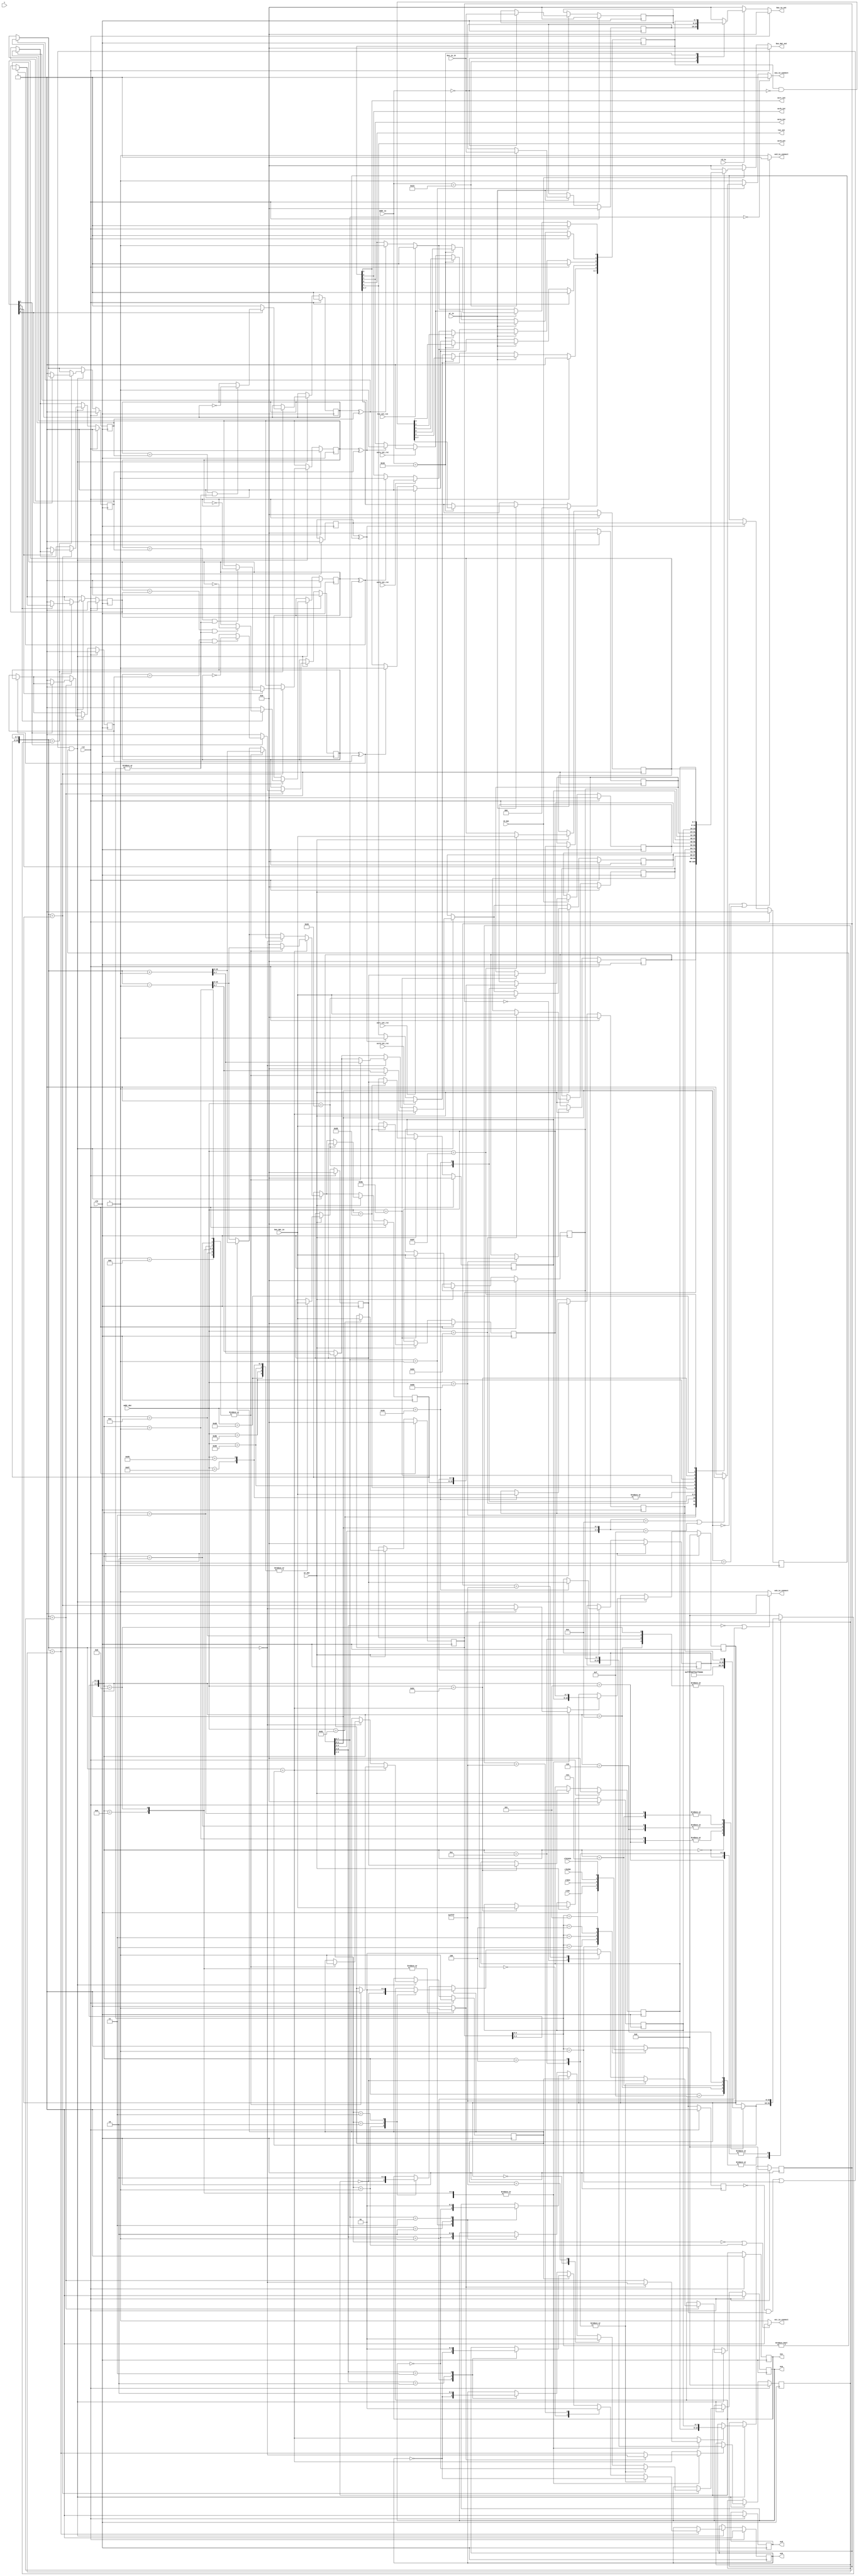
/*
 * This IP is the ATMEGA 16bit TIMER implementation.
 * 
 * Copyright (C) 2020  Iulian Gheorghiu (morgoth@devboard.tech)
 * 
 * This program is free software; you can redistribute it and/or
 * modify it under the terms of the GNU General Public License
 * as published by the Free Software Foundation; either version 2
 * of the License, or (at your option) any later version.
 * 
 * This program is distributed in the hope that it will be useful,
 * but WITHOUT ANY WARRANTY; without even the implied warranty of
 * MERCHANTABILITY or FITNESS FOR A PARTICULAR PURPOSE.  See the
 * GNU General Public License for more details.
 * 
 * You should have received a copy of the GNU General Public License
 * along with this program; if not, write to the Free Software
 * Foundation, Inc., 51 Franklin Street, Fifth Floor, Boston, MA  02110-1301, USA.
 */

`timescale 1ns / 1ps

//`define TIFR0	('h00)
`define TOV0 0
`define OCF0A 1
`define OCF0B 2
`define OCF0C 3
`define OCF0D 4

//`define GTCCR	('h00)
`define PSRSYNC 0
`define PSRASY 	1
`define TSM 	7

//`define TCCR0A	('h00)
`define WGM00 	0
`define WGM01 	1
`define COM0C0 	2
`define COM0C1 	3
`define COM0B0 	4
`define COM0B1 	5
`define COM0A0 	6
`define COM0A1 	7

`undef COM0D0
`undef COM0D1
`define COM0D0 	0
`define COM0D1 	1

//`define TCCR0B	('h00)
`define CS00 	0
`define CS01 	1
`define CS02 	2
`define WGM02 	3
`define WGM03 	4
`define FOC0B 	6
`define FOC0A 	7

//`define TCNT0	('h00)
//`define OCR0A	('h00)
//`define OCR0B	('h00)
//`define OCR0C	('h00)
//`define OCR0D	('h00)

//`define TIMSK0	('h00)
`undef TOIE0
`undef OCIE0A
`undef OCIE0B
`undef OCIE0C
`undef OCIE0D
`define TOIE0 	0
`define OCIE0A 	1
`define OCIE0B 	2
`define OCIE0C 	3
`define OCIE0D 	4



module atmega_tim_16bit # (
	parameter PLATFORM = "XILINX",
	parameter USE_OCRB = "TRUE",
	parameter USE_OCRC = "TRUE",
	parameter USE_OCRD = "FALSE",
	parameter BUS_ADDR_IO_LEN = 6,
	parameter BUS_ADDR_DATA_LEN = 8,
	parameter GTCCR_ADDR = 'h23,
	parameter TCCRA_ADDR = 'h80,
	parameter TCCRB_ADDR = 'h81,
	parameter TCCRC_ADDR = 'h82,
	parameter TCCRD_ADDR = 'h0,
	parameter TCNTL_ADDR = 'h84,
	parameter TCNTH_ADDR = 'h85,
	parameter ICRL_ADDR = 'h86,
	parameter ICRH_ADDR = 'h87,
	parameter OCRAL_ADDR = 'h88,
	parameter OCRAH_ADDR = 'h89,
	parameter OCRBL_ADDR = 'h8A,
	parameter OCRBH_ADDR = 'h8B,
	parameter OCRCL_ADDR = 'h8C,
	parameter OCRCH_ADDR = 'h8D,
	parameter OCRDL_ADDR = 'h0,
	parameter OCRDH_ADDR = 'h0,
	parameter TIMSK_ADDR = 'h6F,
	parameter TIFR_ADDR = 'h16
)(
	input rst,
	input clk,
	input clk8,
	input clk64,
	input clk256,
	input clk1024,
	input [BUS_ADDR_IO_LEN-1:0]addr_io,
	input wr_io,
	input rd_io,
	input [7:0]bus_io_in,
	output reg [7:0]bus_io_out,
	input [BUS_ADDR_DATA_LEN-1:0]addr_dat,
	input wr_dat,
	input rd_dat,
	input [7:0]bus_dat_in,
	output reg [7:0]bus_dat_out,
	output tov_int,
	input tov_int_rst,
	output ocra_int,
	input ocra_int_rst,
	output ocrb_int,
	input ocrb_int_rst,
	output ocrc_int,
	input ocrc_int_rst,
	output ocrd_int,
	input ocrd_int_rst,
	
	input t,
	output reg oca,
	output reg ocb,
	output reg occ,
	output reg ocd,
	output oca_io_connect,
	output ocb_io_connect,
	output occ_io_connect,
	output ocd_io_connect
	);

reg [7:0]GTCCR;
reg [7:0]TCCRA;
reg [7:0]TCCRB;
reg [7:0]TCCRC;
reg [7:0]TCCRD;
reg [7:0]TCNTL;
reg [7:0]TCNTH;
reg [7:0]OCRAL;
reg [7:0]OCRAH;
reg [7:0]OCRBL;
reg [7:0]OCRBH;
reg [7:0]OCRCL;
reg [7:0]OCRCH;
reg [7:0]OCRDL;
reg [7:0]OCRDH;
reg [7:0]ICRL;
reg [7:0]ICRH;
reg [15:0]OCRA_int;
reg [15:0]OCRB_int;
reg [15:0]OCRC_int;
reg [15:0]OCRD_int;
reg [7:0]TIMSK;
reg [7:0]TIFR;

reg [7:0]TMP_REG_rd;
reg [7:0]TMP_REG_wr;

reg tov_p;
reg tov_n;
reg ocra_p;
reg ocra_n;
reg ocrb_p;
reg ocrb_n;
reg ocrc_p;
reg ocrc_n;
reg ocrd_p;
reg ocrd_n;

//reg l1;
//reg l2;
wire t0_fall = 0;
wire t0_rising = 0;
reg clk_int;
reg clk_int_del;

reg up_count;

wire clk_active = |TCCRB[`CS02:`CS00];

/* Sampling implementation */
// Accourding to timer sampling module.
/*always @ *
begin
	if(rst)
	begin
		l1 = 1'b0;
	end
	else
	if(clk)
	begin
		l1 = t;
	end
end

always @ (posedge clk)
begin
	if(rst)
	begin
		l2 = 1'b0;
	end
	else
	if(clk)
	begin
		l2 = l1;
	end
end*/
/* !Sampling implementation */

/* Prescaller selection implementation */
always @ *
begin
	case(TCCRB[`CS02:`CS00])
	3'b001: clk_int = clk;
	3'b010: clk_int = clk8;
	3'b011: clk_int = clk64;
	3'b100: clk_int = clk256;
	3'b101: clk_int = clk1024;
	3'b110: clk_int = t0_fall;
	3'b111: clk_int = t0_rising;
	default: clk_int = 1'b0;
	endcase
end
reg updt_ocr_on_top;
reg updt_ocr_on_bottom;
always @ *
begin
	case({TCCRB[`WGM03:`WGM02], TCCRA[`WGM01:`WGM00]})
		4'd0, 4'd4, 4'd12: // Imediate.
		begin
			updt_ocr_on_top = 1'b0;
			updt_ocr_on_bottom = 1'b0;
		end
		4'd8, 4'd9: // On bottom.
		begin
			updt_ocr_on_top = 1'b0;
			updt_ocr_on_bottom = 1'b1;
		end
		default: // On TOP.
		begin
			updt_ocr_on_top = 1'b1;
			updt_ocr_on_bottom = 1'b0;
		end
	endcase
end

reg [15:0]top_value;
always @ *
begin
	case({TCCRB[`WGM03:`WGM02], TCCRA[`WGM01:`WGM00]})
		4'd0: top_value = 16'hFFFF;
		4'd1, 4'd5: top_value = 16'h00FF;
		4'd2, 4'd6: top_value = 16'h01FF;
		4'd3, 4'd7: top_value = 16'h03FF;
		4'd8, 4'd10, 4'd12, 4'd14: top_value = {ICRH, ICRL};
		default: top_value = OCRA_int;
	endcase
end

reg [15:0]t_ovf_value;
always @ *
begin
	case({TCCRB[`WGM03:`WGM02], TCCRA[`WGM01:`WGM00]})
		4'd5, 4'd6, 4'd7, 4'd14, 4'd15: t_ovf_value = top_value;
		4'd0, 4'd4, 4'd12: t_ovf_value = 16'hFFFF;
		default: t_ovf_value = 16'h0000;
	endcase
end

// Read registers.
always @ *
begin
	if(rst)
	begin
		bus_io_out = 8'h00;
		bus_dat_out = 8'h00;
	end
	else
	begin
		bus_io_out = 8'h00;
		bus_dat_out = 8'h00;
		if(rd_io)
		begin
			case(addr_io)
				GTCCR_ADDR:
				begin
					if(GTCCR_ADDR < 'h40)
						bus_io_out = GTCCR;
				end
				TCCRA_ADDR:
				begin
					if(TCCRA_ADDR < 'h40)
						bus_io_out = TCCRA;
				end
				TCCRB_ADDR:
				begin
					if(TCCRB_ADDR < 'h40)
						bus_io_out = TCCRB;
				end
				TCCRC_ADDR:
				begin
					if(TCCRC_ADDR < 'h40)
						bus_io_out = TCCRC;
				end
				TCCRD_ADDR:
				begin
					if(TCCRD_ADDR < 'h40)
						bus_io_out = TCCRD;
				end
				TCNTL_ADDR:
				begin
					if(TCNTL_ADDR < 'h40)
						bus_io_out = TCNTL;
				end
				TCNTH_ADDR:
				begin
					if(TCNTH_ADDR < 'h40)
						bus_io_out = TMP_REG_rd;
				end
				ICRL_ADDR:
				begin
					if(ICRL_ADDR < 'h40)
						bus_io_out = ICRL;
				end
				ICRH_ADDR:
				begin
					if(ICRH_ADDR < 'h40)
						bus_io_out = TMP_REG_rd;
				end
				OCRAL_ADDR:
				begin
					if(OCRAL_ADDR < 'h40)
						bus_io_out = OCRAL;
				end
				OCRAH_ADDR:
				begin
					if(OCRAH_ADDR < 'h40)
						bus_io_out = OCRAH;
				end
				OCRBL_ADDR:
				begin
					if(OCRBL_ADDR < 'h40 && USE_OCRB == "TRUE")
						bus_io_out = OCRBL;
				end
				OCRBH_ADDR:
				begin
					if(OCRBH_ADDR < 'h40 && USE_OCRB == "TRUE")
						bus_io_out = OCRBH;
				end
				OCRCL_ADDR:
				begin
					if(OCRCL_ADDR < 'h40 && USE_OCRC == "TRUE")
						bus_io_out = OCRCL;
				end
				OCRCH_ADDR:
				begin
					if(OCRCH_ADDR < 'h40 && USE_OCRC == "TRUE")
						bus_io_out = OCRCH;
				end
				OCRDL_ADDR:
				begin
					if(OCRDL_ADDR < 'h40 && USE_OCRD == "TRUE")
						bus_io_out = OCRDL;
				end
				OCRDH_ADDR:
				begin
					if(OCRDH_ADDR < 'h40 && USE_OCRD == "TRUE")
						bus_io_out = OCRDH;
				end
				TIFR_ADDR:
				begin
					if(TIFR_ADDR < 'h40)
						bus_io_out = TIFR;
				end
				TIMSK_ADDR:
				begin
					if(TIMSK_ADDR < 'h40)
						bus_io_out = TIMSK;
				end
			endcase
		end
		if(rd_dat)
		begin
			case(addr_dat)
				GTCCR_ADDR:
				begin
					if(GTCCR_ADDR >= 'h40)
						bus_dat_out = GTCCR;
				end
				TCCRA_ADDR:
				begin
					if(TCCRA_ADDR >= 'h40)
						bus_dat_out = TCCRA;
				end
				TCCRB_ADDR:
				begin
					if(TCCRB_ADDR >= 'h40)
						bus_dat_out = TCCRB;
				end
				TCCRC_ADDR:
				begin
					if(TCCRC_ADDR >= 'h40)
						bus_dat_out = TCCRC;
				end
				TCCRD_ADDR:
				begin
					if(TCCRD_ADDR >= 'h40)
						bus_dat_out = TCCRD;
				end
				TCNTL_ADDR:
				begin
					if(TCNTL_ADDR >= 'h40)
						bus_dat_out = TCNTL;
				end
				TCNTH_ADDR:
				begin
					if(TCNTH_ADDR >= 'h40)
						bus_dat_out = TMP_REG_rd;
				end
				ICRL_ADDR:
				begin
					if(ICRL_ADDR >= 'h40)
						bus_dat_out = ICRL;
				end
				ICRH_ADDR:
				begin
					if(ICRH_ADDR >= 'h40)
						bus_dat_out = TMP_REG_rd;
				end
				OCRAL_ADDR:
				begin
					if(OCRAL_ADDR >= 'h40)
						bus_dat_out = OCRAL;
				end
				OCRAH_ADDR:
				begin
					if(OCRAH_ADDR >= 'h40)
						bus_dat_out = OCRAH;
				end
				OCRBL_ADDR:
				begin
					if(OCRBL_ADDR >= 'h40 && USE_OCRB == "TRUE")
						bus_dat_out = OCRBL;
				end
				OCRBH_ADDR:
				begin
					if(OCRBH_ADDR >= 'h40 && USE_OCRB == "TRUE")
						bus_dat_out = OCRBH;
				end
				OCRCL_ADDR:
				begin
					if(OCRCL_ADDR >= 'h40 && USE_OCRC == "TRUE")
						bus_dat_out = OCRCL;
				end
				OCRCH_ADDR:
				begin
					if(OCRCH_ADDR >= 'h40 && USE_OCRC == "TRUE")
						bus_dat_out = OCRCH;
				end
				OCRDL_ADDR:
				begin
					if(OCRDL_ADDR >= 'h40 && USE_OCRD == "TRUE")
						bus_dat_out = OCRDL;
				end
				OCRDH_ADDR:
				begin
					if(OCRDH_ADDR >= 'h40 && USE_OCRD == "TRUE")
						bus_dat_out = OCRDH;
				end
				TIFR_ADDR:
				begin
					if(TIFR_ADDR >= 'h40)
						bus_dat_out = TIFR;
				end
				TIMSK_ADDR:
				begin
					if(TIMSK_ADDR >= 'h40)
						bus_dat_out = TIMSK;
				end
			endcase
		end
	end
end

/* Set "oc" pin on specified conditions*/
always @ (posedge clk)
begin
	if(rst)
	begin
		TMP_REG_rd <= 8'h00;
		TMP_REG_wr <= 8'h00;
		GTCCR <= 8'h00;
		TCCRA <= 8'h00;
		TCCRB <= 8'h00;
		TCCRC <= 8'h00;
		TCCRD <= 8'h00;
		TCNTL <= 8'h00;
		TCNTH <= 8'h00;
		OCRAL <= 8'h00;
		OCRAH <= 8'h00;
		OCRBL <= 8'h00;
		OCRBH <= 8'h00;
		OCRCL <= 8'h00;
		OCRCH <= 8'h00;
		OCRDL <= 8'h00;
		OCRDH <= 8'h00;
		ICRL <= 8'h00;
		ICRH <= 8'h00;
		OCRA_int <= 16'h0000;
		OCRB_int <= 16'h0000;
		OCRC_int <= 16'h0000;
		OCRD_int <= 16'h0000;
		TIMSK <= 8'h00;
		TIFR <= 8'h00;
		tov_p <= 1'b0;
		tov_n <= 1'b0;
		ocra_p <= 1'b0;
		ocra_n <= 1'b0;
		ocrb_p <= 1'b0;
		ocrb_n <= 1'b0;
		ocrc_p <= 1'b0;
		ocrc_n <= 1'b0;
		ocrd_p <= 1'b0;
		ocrd_n <= 1'b0;
		oca <= 1'b0;
		ocb <= 1'b0;
		occ <= 1'b0;
		ocd <= 1'b0;
		up_count <= 1'b1;
		clk_int_del <= 1'b0;
	end
	else
	begin
		if(tov_p ^ tov_n)
		begin
			TIFR[`TOV0] <= 1'b1;
			tov_n <= tov_p;
		end	
		if(ocra_p ^ ocra_n)
		begin
			TIFR[`OCF0A] <= 1'b1;
			ocra_n <= ocra_p;
		end	
		if(ocrb_p ^ ocrb_n)
		begin
			TIFR[`OCF0B] <= 1'b1;
			ocrb_n <= ocrb_p;
		end
		if(ocrc_p ^ ocrc_n)
		begin
			TIFR[`OCF0C] <= 1'b1;
			ocrc_n <= ocrc_p;
		end
		if(ocrd_p ^ ocrd_n)
		begin
			TIFR[`OCF0D] <= 1'b1;
			ocrd_n <= ocrd_p;
		end
		if(tov_int_rst)
		begin
			TIFR[`TOV0] <= 1'b0;
		end
		if(ocra_int_rst)
		begin
			TIFR[`OCF0A] <= 1'b0;
		end
		if(ocrb_int_rst)
		begin
			TIFR[`OCF0B] <= 1'b0;
		end
		if(ocrc_int_rst)
		begin
			TIFR[`OCF0C] <= 1'b0;
		end
		if(ocrd_int_rst)
		begin
			TIFR[`OCF0D] <= 1'b0;
		end
		// Sample one IO core clock once every prescaller positive edge clock.
		clk_int_del <= clk_int; // Shift prescaller clock to a delay register every IO core positive edge clock to detect prescaller positive edges.
		if(((~clk_int_del & clk_int) || TCCRB[`CS02:`CS00] == 3'b001) && TCCRB[`CS02:`CS00] != 3'b000) // if prescaller clock = IO core clock disable prescaller positive edge detector.
		begin
			if(up_count)
			begin
				{TCNTH, TCNTL} <= {TCNTH, TCNTL} + 16'd1;
			end
			else
			begin
				{TCNTH, TCNTL} <= {TCNTH, TCNTL} - 16'd1;
			end
			// OCRA
			if(updt_ocr_on_top ? ({TCNTH, TCNTL} == top_value) : (updt_ocr_on_bottom ? ({TCNTH, TCNTL} == 10'h000) : ({TCNTH, TCNTL} == OCRA_int)))
			begin
				OCRA_int <= {OCRAH, OCRAL};
			end			
			if({TCNTH, TCNTL} == OCRA_int)
			begin
				case({TCCRB[`WGM03:`WGM02], TCCRA[`WGM01:`WGM00]})
					4'd4, 4'd12: oca <= ~oca;
					default:
					begin
						case(OCRA_int)
							16'h0000:	oca <= 1'b0;
							16'hFFFF:	oca <= 1'b1;
							default:
							begin
								if(up_count)
								begin
									case(TCCRA[`COM0A1:`COM0A0])
										2'h1: oca <= ~oca;
										2'h2: oca <= 1'b0;
										2'h3: oca <= 1'b1;
									endcase
								end
								else
								begin
									case(TCCRA[`COM0A1:`COM0A0])
										2'h1: oca <= ~oca;
										2'h2: oca <= 1'b1;
										2'h3: oca <= 1'b0;
									endcase
								end
							end
						endcase
					end
				endcase
				if(TIMSK[`OCIE0A] == 1'b1)
				begin
					if(ocra_p == ocra_n && clk_active == 1'b1)
					begin
						ocra_p <= ~ocra_p;
					end
				end
				else
				begin
					ocra_p <= 1'b0;
					ocra_n <= 1'b0;
				end
			end
			// !OCRA
			if(USE_OCRB == "TRUE")
			begin
				// OCRB
				if(updt_ocr_on_top ? ({TCNTH, TCNTL} == top_value) : (updt_ocr_on_bottom ? ({TCNTH, TCNTL} == 10'h000) : ({TCNTH, TCNTL} == OCRB_int)))
				begin
					OCRB_int <= {OCRBH, OCRBL};
				end			
				if({TCNTH, TCNTL} == OCRB_int)
				begin
					case({TCCRB[`WGM03:`WGM02], TCCRA[`WGM01:`WGM00]})
						4'd4, 4'd12: ocb <= ~ocb;
						default:
						begin
							case(OCRB_int)
								16'h0000:	ocb <= 1'b0;
								16'hFFFF:	ocb <= 1'b1;
								default:
								begin
									if(up_count)
									begin
										case(TCCRA[`COM0B1:`COM0B0])
											2'h1: ocb <= ~ocb;
											2'h2: ocb <= 1'b0;
											2'h3: ocb <= 1'b1;
										endcase
									end
									else
									begin
										case(TCCRA[`COM0B1:`COM0B0])
											2'h1: ocb <= ~ocb;
											2'h2: ocb <= 1'b1;
											2'h3: ocb <= 1'b0;
										endcase
									end
								end
							endcase
						end
					endcase
					if(TIMSK[`OCIE0B] == 1'b1)
					begin
						if(ocrb_p == ocrb_n && clk_active == 1'b1)
						begin
							ocrb_p <= ~ocrb_p;
						end
					end
					else
					begin
						ocrb_p <= 1'b0;
						ocrb_n <= 1'b0;
					end
				end
			end // USE_OCRB != "TRUE"
			if(USE_OCRC == "TRUE")
			begin
				// OCRB
				if(updt_ocr_on_top ? ({TCNTH, TCNTL} == top_value) : (updt_ocr_on_bottom ? ({TCNTH, TCNTL} == 10'h000) : ({TCNTH, TCNTL} == OCRC_int)))
				begin
					OCRC_int <= {OCRCH, OCRCL};
				end			
				if({TCNTH, TCNTL} == OCRC_int)
				begin
					case({TCCRB[`WGM03:`WGM02], TCCRA[`WGM01:`WGM00]})
						4'd4, 4'd12: occ <= ~occ;
						default:
						begin
							case(OCRC_int)
								16'h0000:	occ <= 1'b0;
								16'hFFFF:	occ <= 1'b1;
								default:
								begin
									if(up_count)
									begin
										case(TCCRA[`COM0C1:`COM0C0])
											2'h1: occ <= ~occ;
											2'h2: occ <= 1'b0;
											2'h3: occ <= 1'b1;
										endcase
									end
									else
									begin
										case(TCCRA[`COM0C1:`COM0C0])
											2'h1: occ <= ~occ;
											2'h2: occ <= 1'b1;
											2'h3: occ <= 1'b0;
										endcase
									end
								end
							endcase
						end
					endcase
					if(TIMSK[`OCIE0C] == 1'b1)
					begin
						if(ocrc_p == ocrc_n && clk_active == 1'b1)
						begin
							ocrc_p <= ~ocrc_p;
						end
					end
					else
					begin
						ocrc_p <= 1'b0;
						ocrc_n <= 1'b0;
					end
				end
			end // USE_OCRC != "TRUE"
			if(USE_OCRD == "TRUE")
			begin
				// OCRB
				if(updt_ocr_on_top ? ({TCNTH, TCNTL} == top_value) : (updt_ocr_on_bottom ? ({TCNTH, TCNTL} == 10'h000) : ({TCNTH, TCNTL} == OCRD_int)))
				begin
					OCRD_int <= {OCRDH, OCRDL};
				end			
				if({TCNTH, TCNTL} == OCRD_int)
				begin
					case({TCCRB[`WGM03:`WGM02], TCCRA[`WGM01:`WGM00]})
						4'd4, 4'd12: ocd <= ~ocd;
						default:
						begin
							case(OCRB_int)
								16'h0000:	ocd <= 1'b0;
								16'hFFFF:	ocd <= 1'b1;
								default:
								begin
									if(up_count)
									begin
										case(TCCRA[`COM0D1:`COM0D0])
											2'h1: ocd <= ~ocd;
											2'h2: ocd <= 1'b0;
											2'h3: ocd <= 1'b1;
										endcase
									end
									else
									begin
										case(TCCRA[`COM0D1:`COM0D0])
											2'h1: ocd <= ~ocd;
											2'h2: ocd <= 1'b1;
											2'h3: ocd <= 1'b0;
										endcase
									end
								end
							endcase
						end
					endcase
					if(TIMSK[`OCIE0D] == 1'b1)
					begin
						if(ocrd_p == ocrd_n && clk_active == 1'b1)
						begin
							ocrd_p <= ~ocrd_p;
						end
					end
					else
					begin
						ocrd_p <= 1'b0;
						ocrd_n <= 1'b0;
					end
				end
			end // USE_OCRD != "TRUE"
			// TCNT overflow logick.
			if({TCNTH, TCNTL} == t_ovf_value)
			begin
				if(TIMSK[`TOIE0] == 1'b1)
				begin
					if(tov_p == tov_n && clk_active == 1'b1)
					begin
						tov_p <= ~tov_p;
					end
				end
				else
				begin
					tov_p <= 1'b0;
					tov_n <= 1'b0;
				end
			end
			if({TCNTH, TCNTL} == top_value)
			begin
				case({TCCRB[`WGM03:`WGM02], TCCRA[`WGM01:`WGM00]})
					4'd1, 4'd2, 4'd3, 4'd8, 4'd9, 4'd10, 4'd11:
					begin
						up_count <= 1'b0;
						{TCNTH, TCNTL} <= {TCNTH, TCNTL} - 16'd1;
					end 
					default: {TCNTH, TCNTL} <= 16'h0000;
				endcase
			end
			else if({TCNTH, TCNTL} == 16'h0000)
			begin
				case({TCCRB[`WGM03:`WGM02], TCCRA[`WGM01:`WGM00]})
					4'd1, 4'd2, 4'd3, 4'd8, 4'd9, 4'd10, 4'd11: 
					begin
						up_count <= 1'b1;
						{TCNTH, TCNTL} <= {TCNTH, TCNTL} + 16'd1;
					end 
				endcase
			end
		end
		// Write registers
		if(wr_io)
		begin
			case(addr_io)
				GTCCR_ADDR:
				begin
					if(GTCCR_ADDR < 'h40)
						GTCCR <= bus_io_in;
				end
				TCCRA_ADDR:
				begin
					if(TCCRA_ADDR < 'h40)
						TCCRA <= bus_io_in;
				end
				TCCRB_ADDR:
				begin
					if(TCCRB_ADDR < 'h40)
						TCCRB <= bus_io_in;
				end
				TCCRC_ADDR:
				begin
					if(TCCRC_ADDR < 'h40)
						TCCRC <= bus_io_in;
				end
				TCCRD_ADDR:
				begin
					if(TCCRD_ADDR < 'h40)
						TCCRD <= bus_io_in;
				end
				TCNTL_ADDR:
				begin
					if(TCNTL_ADDR < 'h40)
					begin
						TCNTL <= bus_io_in;
						TCNTH <= TMP_REG_wr;
					end
				end
				ICRL_ADDR:
				begin
					if(ICRL_ADDR < 'h40)
					begin
						ICRL <= bus_io_in;
						ICRH <= TMP_REG_wr;
					end
				end
				OCRAL_ADDR:
				begin
					if(OCRAL_ADDR < 'h40)
						OCRAL <= bus_io_in;
						OCRAH <= TMP_REG_wr;
				end
				OCRBL_ADDR:
				begin
					if(OCRBL_ADDR < 'h40 && USE_OCRB == "TRUE")
					begin
						OCRBL <= bus_io_in;
						OCRBH <= TMP_REG_wr;
					end
				end
				OCRCL_ADDR:
				begin
					if(OCRCL_ADDR < 'h40 && USE_OCRC == "TRUE")
					begin
						OCRCL <= bus_io_in;
						OCRCH <= TMP_REG_wr;
					end
				end
				OCRDL_ADDR:
				begin
					if(OCRDL_ADDR < 'h40 && USE_OCRD == "TRUE")
					begin
						OCRDL <= bus_io_in;
						OCRDH <= TMP_REG_wr;
					end
				end
				TIFR_ADDR:
				begin
					if(TIFR_ADDR < 'h40)
						TIFR <= TIFR & ~bus_io_in;
				end
				TIMSK_ADDR:
				begin
					if(TIMSK_ADDR < 'h40)
						TIMSK <= bus_io_in;
				end
				TCNTH_ADDR, ICRH_ADDR, OCRAH_ADDR, OCRBH_ADDR, OCRCH_ADDR, OCRDH_ADDR:
				begin
					TMP_REG_wr <= bus_io_in;
				end
			endcase
		end
		if(wr_dat)
		begin
			case(addr_dat)
				GTCCR_ADDR:
				begin
					if(GTCCR_ADDR >= 'h40)
						GTCCR <= bus_dat_in;
				end
				TCCRA_ADDR:
				begin
					if(TCCRA_ADDR >= 'h40)
						TCCRA <= bus_dat_in;
				end
				TCCRB_ADDR:
				begin
					if(TCCRB_ADDR >= 'h40)
						TCCRB <= bus_dat_in;
				end
				TCCRC_ADDR:
				begin
					if(TCCRC_ADDR >= 'h40)
						TCCRC <= bus_dat_in;
				end
				TCCRD_ADDR:
				begin
					if(TCCRD_ADDR >= 'h40)
						TCCRD <= bus_dat_in;
				end
				TCNTL_ADDR:
				begin
					if(TCNTL_ADDR >= 'h40)
					begin
						TCNTL <= bus_dat_in;
						TCNTH <= TMP_REG_wr;
					end
				end
				ICRL_ADDR:
				begin
					if(ICRL_ADDR >= 'h40)
					begin
						ICRL <= bus_dat_in;
						ICRH <= TMP_REG_wr;
					end
				end
				OCRAL_ADDR:
				begin
					if(OCRAL_ADDR >= 'h40)
						OCRAL <= bus_dat_in;
						OCRAH <= TMP_REG_wr;
				end
				OCRBL_ADDR:
				begin
					if(OCRBL_ADDR >= 'h40 && USE_OCRB == "TRUE")
					begin
						OCRBL <= bus_dat_in;
						OCRBH <= TMP_REG_wr;
					end
				end
				OCRCL_ADDR:
				begin
					if(OCRCL_ADDR >= 'h40 && USE_OCRC == "TRUE")
					begin
						OCRCL <= bus_dat_in;
						OCRCH <= TMP_REG_wr;
					end
				end
				OCRDL_ADDR:
				begin
					if(OCRDL_ADDR >= 'h40 && USE_OCRD == "TRUE")
					begin
						OCRDL <= bus_dat_in;
						OCRDH <= TMP_REG_wr;
					end
				end
				TIFR_ADDR:
				begin
					if(TIFR_ADDR >= 'h40)
						TIFR <= TIFR & ~bus_dat_in;
				end
				TIMSK_ADDR:
				begin
					if(TIMSK_ADDR >= 'h40)
						TIMSK <= bus_dat_in;
				end
				TCNTH_ADDR, ICRH_ADDR, OCRAH_ADDR, OCRBH_ADDR, OCRCH_ADDR, OCRDH_ADDR:
				begin
					TMP_REG_wr <= bus_dat_in;
				end
			endcase
		end
		if(rd_io)
		begin
			case(addr_io)
				TCNTL_ADDR:
				begin
					if(TCNTL_ADDR < 'h40)
						TMP_REG_rd <= TCNTH;
				end
				ICRL_ADDR:
				begin
					if(ICRL_ADDR < 'h40)
						TMP_REG_rd <= ICRH;
				end
			endcase
		end
		if(rd_dat)
		begin
			case(addr_dat)
				TCNTL_ADDR:
				begin
					if(TCNTL_ADDR >= 'h40)
						TMP_REG_rd <= TCNTH;
				end
				ICRL_ADDR:
				begin
					if(ICRL_ADDR >= 'h40)
						TMP_REG_rd <= ICRH;
				end
			endcase
		end
	end
end

assign tov_int = TIFR[`TOV0];
assign ocra_int = TIFR[`OCF0A];
assign ocrb_int = TIFR[`OCF0B];
assign ocrc_int = TIFR[`OCF0C];
assign ocrd_int = TIFR[`OCF0D];

assign oca_io_connect = (TCCRA[`COM0A1:`COM0A0] == 2'b00) ? 1'b0 : (TCCRA[`COM0A1:`COM0A0] == 2'b01 ? (({TCCRA[`WGM03:`WGM02], TCCRA[`WGM01:`WGM00]} == 4'd14 || {TCCRA[`WGM03:`WGM02], TCCRA[`WGM01:`WGM00]} == 4'd15) ? 1'b1 : 1'b0) : 1'b1);
assign ocb_io_connect = (TCCRA[`COM0B1:`COM0B0] == 2'b00 || TCCRA[`COM0B1:`COM0B0] == 2'b01) ? 1'b0 : 1'b1;
assign occ_io_connect = (TCCRA[`COM0C1:`COM0C0] == 2'b00 || TCCRA[`COM0C1:`COM0C0] == 2'b01) ? 1'b0 : 1'b1;
assign ocd_io_connect = (TCCRA[`COM0D1:`COM0D0] == 2'b00 || TCCRA[`COM0D1:`COM0D0] == 2'b01) ? 1'b0 : 1'b1;

endmodule